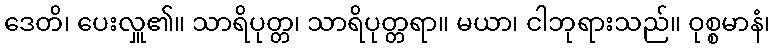
ဒေတိ၊ ပေးလှူ၏။ သာရိပုတ္တ၊ သာရိပုတ္တရာ။ မယာ၊ ငါဘုရားသည်။ ဝုစ္စမာနံ၊